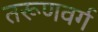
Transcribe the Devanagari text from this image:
तरूणवर्ग